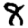
Digit: 8